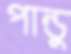
পান্ডু